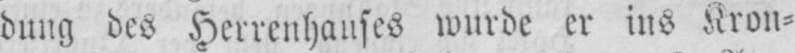
dung des Herrenhauses wurde er ins Kron⸗